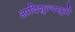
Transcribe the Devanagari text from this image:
आदिशुल्बसूत्रों